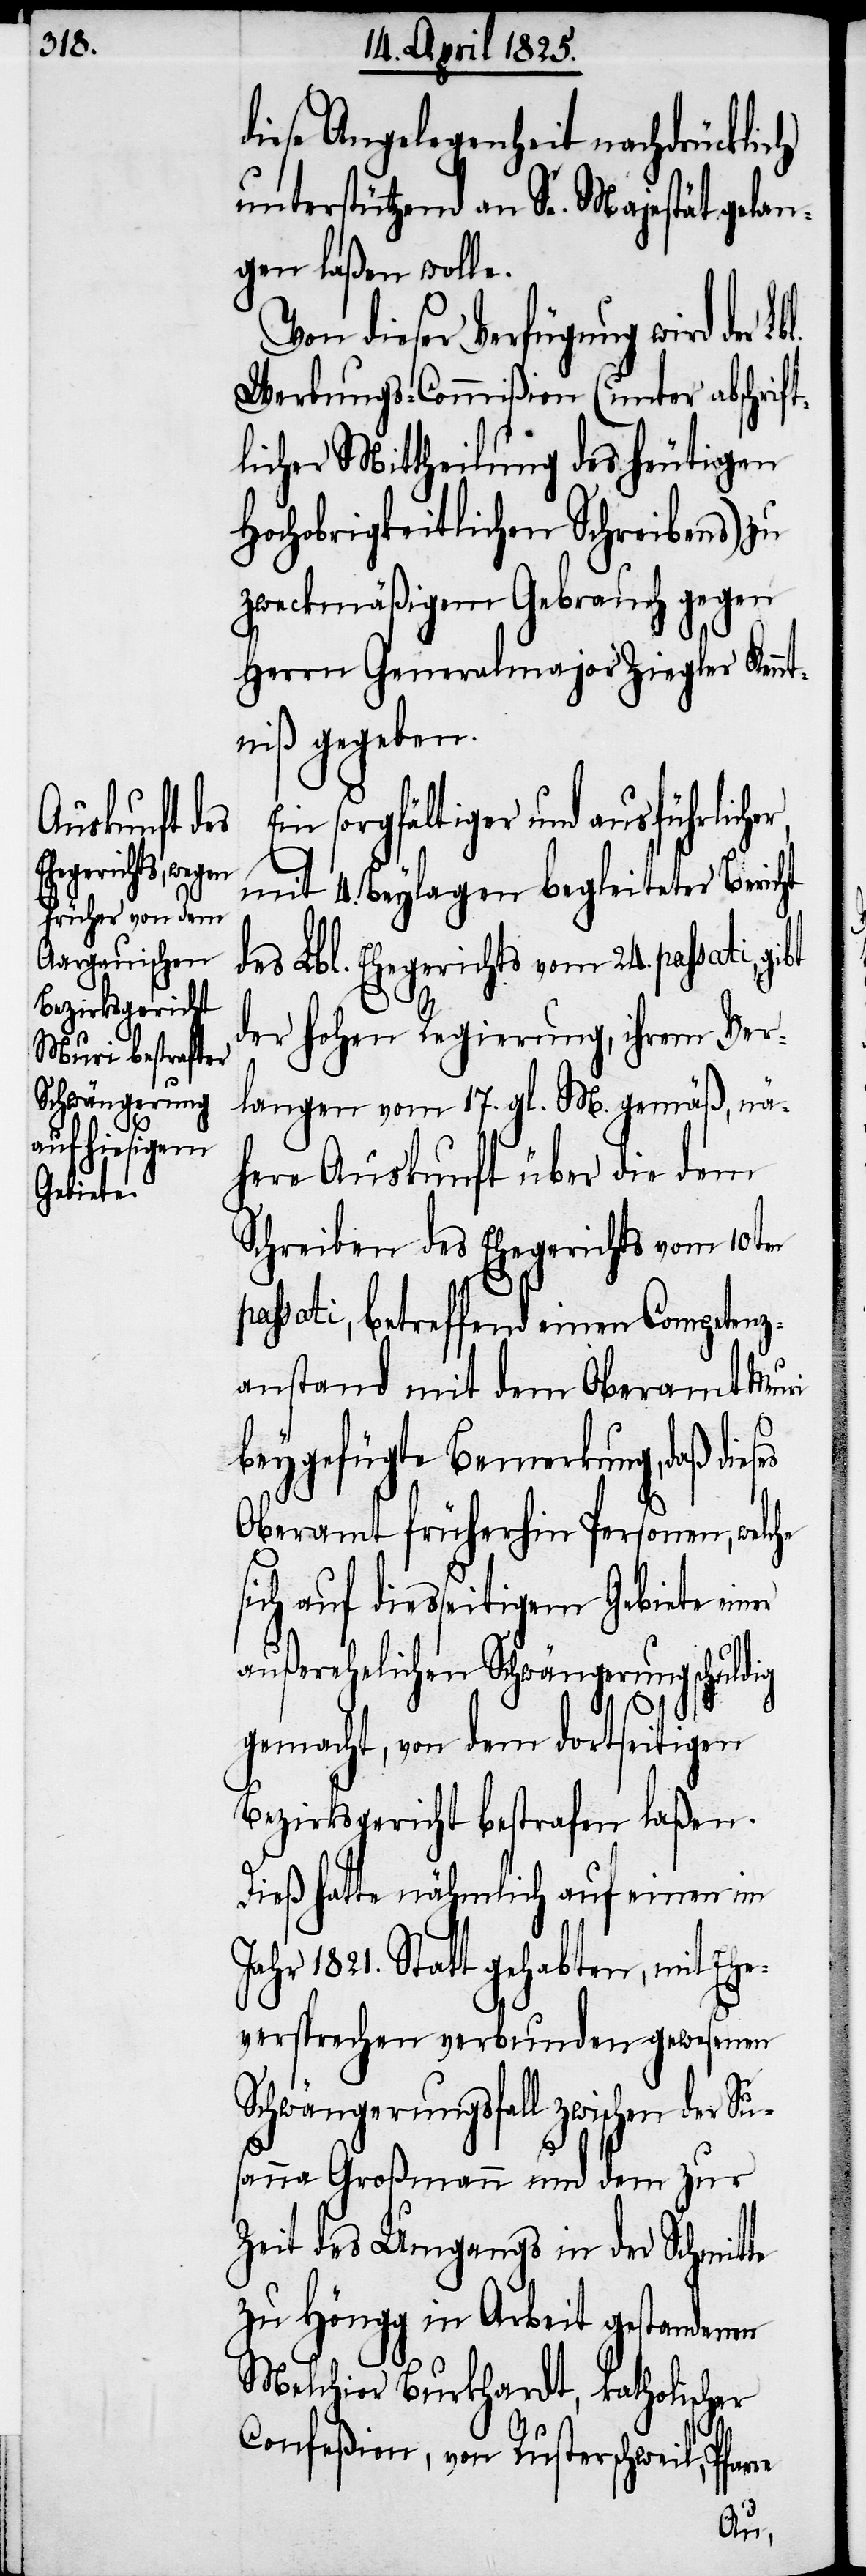
es

diese Angelegenheit nachdrücklich
unterstützend an Se. Majestät gelan¬
gen laßen wolle.
Von dieser Verfügung wird der
Werbungs-Commißion (unter abschrif¬
tlicher Mittheilung des heutigen
Hochobrigkeitlichen Schreibens) zu
zweckmäßigem Gebrauch gegen
Herrn Generalmajor Ziegler Kennt¬
niß gegeben.
Ein sorgfältiger und ausführliche¬
mit 4. Beylagen begleiteter Bericht
des Lbl. Ehegerichts vom 24. passati,
der hohen Regierung, ihrem Ver¬
langen vom 17. gl. M. gemäß, nä¬
here Auskunft über die dem
Schreiben des Ehegerichts vom 10ten
passati, betreffend einen Competenz¬
anstand mit dem Oberamt Muri
beygefügte Bemerkung, daß dies¬
Oberamt früherhin Personen, welche
sich auf diesseitigem Gebiete einer
außerehelichen Schwängerung schuldig
gemacht, von dem dortseitigen
Bezierksgericht bestrafen laßen.
Dieß hatte nähmlich auf einen im
Jahr 1821. Statt gehabten, mit Ehe¬
versprechen verbunden gewesenen
Schwängerungsfall zwischen der Su¬
sanna Großmann und dem zur
Zeit des Umgangs in der Schmitte
zu Höngg in Arbeit gestandenen
Melchior Burkhardt, katholischer
Confeßion, von Rusterschweil, Pfarre